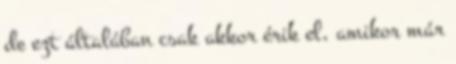
de ezt általában csak akkor érik el, amikor már